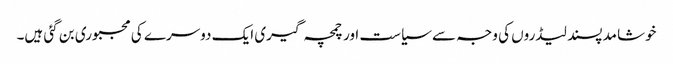
خوشامد پسند لیڈروں کی وجہ سے سیاست اور چمچہ گیری ایک دوسرے کی مجبوری بن گئی ہیں۔